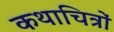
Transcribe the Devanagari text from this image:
कथाचित्रों